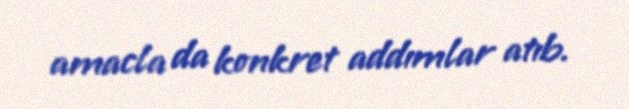
amacla da konkret addımlar atıb.